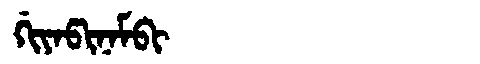
Manchu: ᡤᡳᠶᠠᡦᡳᠨᠠᠮᠪᡳ
Romanization: GIYAPINAMBI